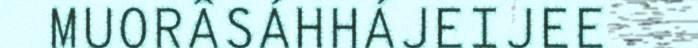
MUORÂSÁHHÁJEIJEE